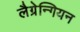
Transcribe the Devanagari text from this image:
लैग्रेन्गियन